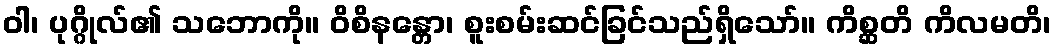
ဝါ၊ ပုဂ္ဂိုလ်၏ သဘောကို။ ဝိစိနန္တော၊ စူးစမ်းဆင်ခြင်သည်ရှိသော်။ ကိစ္ဆတိ ကိလမတိ၊